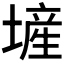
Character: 𪤕